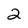
Character: 2